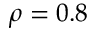
\rho = 0 . 8